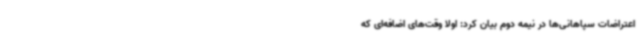
اعتراضات سپاهانی‌ها در نیمه دوم بیان کرد: اولا وقت‌های اضافه‌ای که